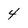
Character: 4